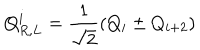
Q _ { R , L } ^ { i } = { \frac { 1 } { \sqrt { 2 } } } ( Q _ { i } \pm Q _ { i + 2 } )